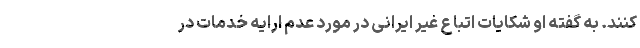
کنند. به گفته او شکایات اتباع غیر ایرانی در مورد عدم ارایه خدمات در